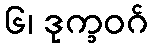
၆၊ ဒုက္ခဝဂ်